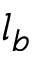
l _ { b }